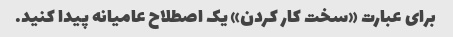
برای عبارت «سخت کار کردن» یک اصطلاح عامیانه پیدا کنید.